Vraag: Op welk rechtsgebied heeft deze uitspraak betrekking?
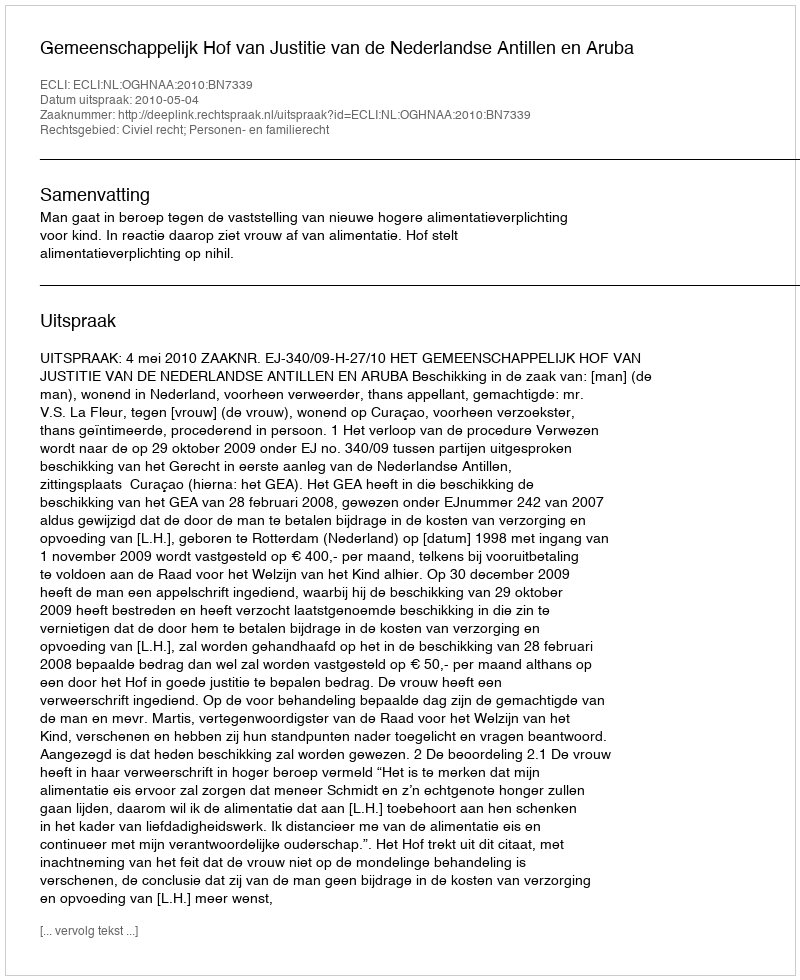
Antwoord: Civiel recht; Personen- en familierecht